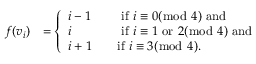
\begin{array} { r l } { f ( v _ { i } ) } & { = \left\{ \begin{array} { l l } { i - 1 \quad } & { \mathrm { ~ i f ~ } i \equiv 0 ( \bmod ~ 4 ) \mathrm { ~ a n d ~ } } \\ { i \quad } & { \mathrm { ~ i f ~ } i \equiv 1 \mathrm { ~ o r ~ } 2 ( \bmod ~ 4 ) \mathrm { ~ a n d ~ } } \\ { i + 1 \quad } & { \mathrm { i f ~ } i \equiv 3 ( \bmod ~ 4 ) . } \end{array} \right. } \end{array}